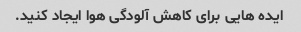
ایده هایی برای کاهش آلودگی هوا ایجاد کنید.